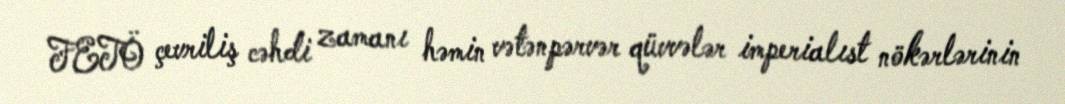
FETÖ çevriliş cəhdi zamanı həmin vətənpərvər qüvvələr imperialıst nökərlərinin